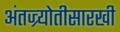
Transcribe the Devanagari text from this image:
अंतज्र्योतीसारखी